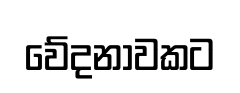
වේදනාවකට